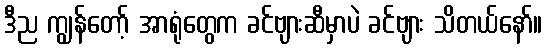
ဒီည ကျွန်တော့် အာရုံတွေက ခင်ဗျားဆီမှာပဲ ခင်ဗျား သိတယ်နော်။